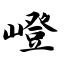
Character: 嶝